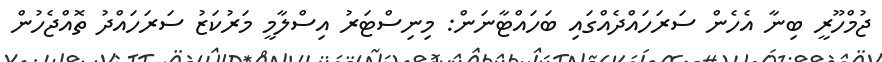
ޖުމްހޫރީ ބިނާ އެހެން ސަރަހައްދެއްގައި ބަަހައްޓާނަން: މިނިސްޓަރު އިސްލާމީ މަރުކަޒު ސަރަހައްދު ތޮއްޖެހުން